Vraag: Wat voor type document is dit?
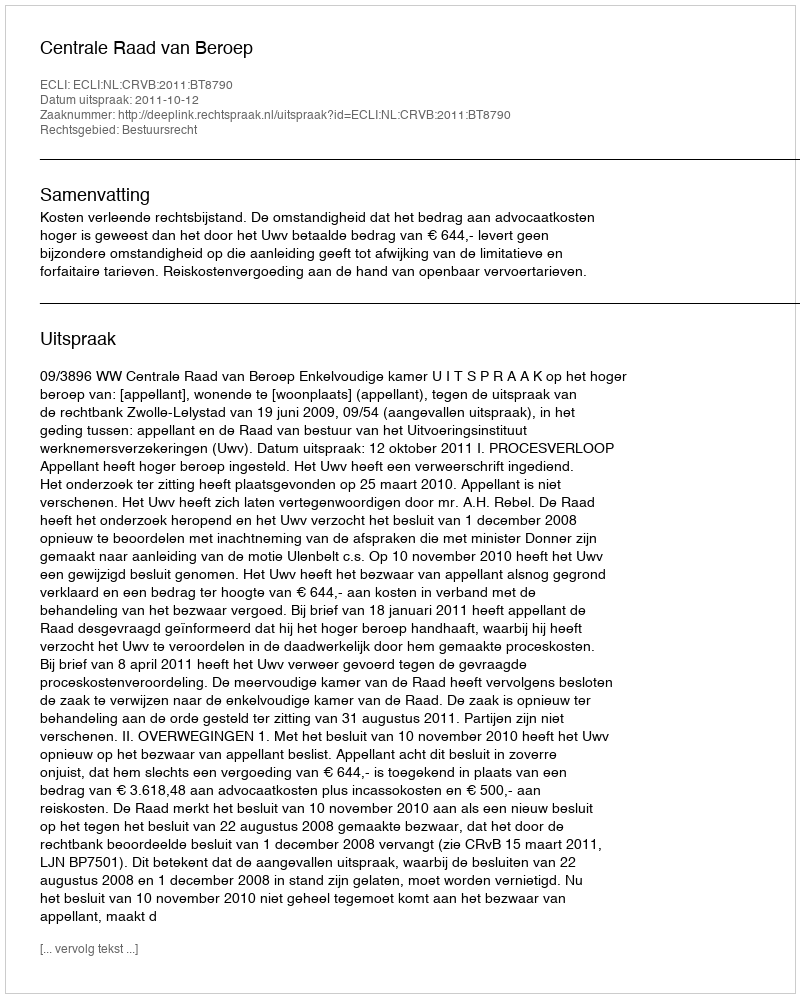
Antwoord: Uitspraak